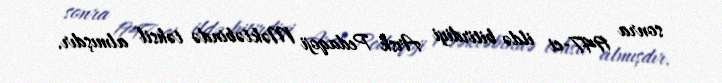
sonra 1947-ci ildə bitirdiyi Arsk Pedaqoji Məktəbində təhsil almışdır.